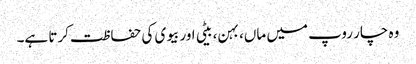
وہ چار روپ میں ماں، بہن، بیٹی اور بیوی کی حفاظت کرتا ہے۔